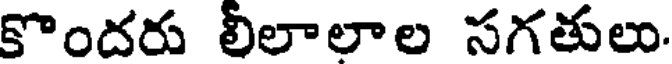
కొందరు లిలాలాల సగతులు.